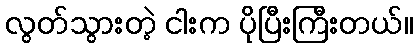
လွတ်သွားတဲ့ ငါးက ပိုပြီးကြီးတယ်။